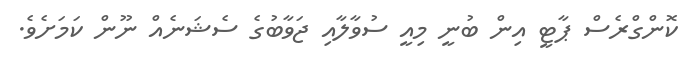
ކޮންގްރެސް ޕާޓީ އިން ބުނީ މިއީ ސުވާލާއި ޖަވާބުގެ ސެޝަނެއް ނޫން ކަމަށެވެ.